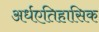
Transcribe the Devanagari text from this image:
अर्धएतिहासिक